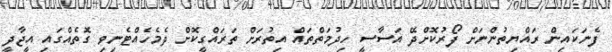
ފެނަކައިން ރައްޔިތުންނަށް ފޯރުކޮށްދޭ އަސާސީ ހިދުމަތްތައް އިތުރަށް ތަރައްގީކޮށް ދެމެހެއްޓެނިވި ގޮތެއްގައި އީޖާދީ